Problem: 1 + 15 = ?
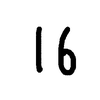
Handwritten answer: 16